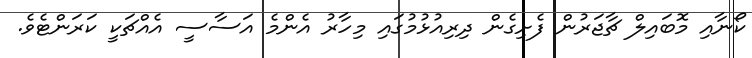
ކޯނާއި މޮބައިލް ޗާޖަރުން ފެށިގެން ދިރިއުޅުމުގައި މިހާރު އެންމެ އަސާސީ އެއްޗަކީ ކަރަންޓެވެ.